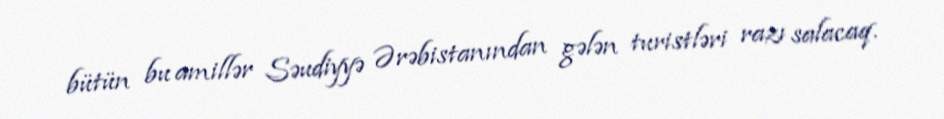
bütün bu amillər Səudiyyə Ərəbistanından gələn turistləri razı salacaq.